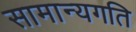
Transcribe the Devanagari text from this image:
सामान्यगति